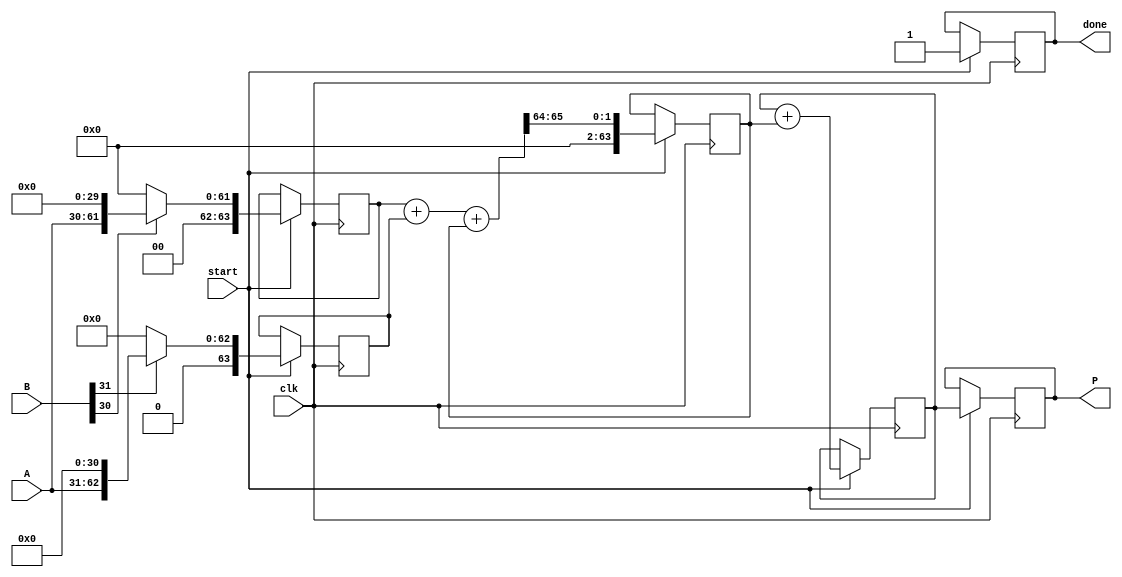
module VariableLengthWallaceTreeMultiplier #(parameter MAX_BITS = 32) (
    input [MAX_BITS-1:0] A,  // Multiplicand
    input [MAX_BITS-1:0] B,  // Multiplier
    input clk,                // Clock signal
    input start,              // Start signal
    output reg [2*MAX_BITS-1:0] P, // Product
    output reg done           // Done signal
);

    reg [2*MAX_BITS-1:0] partial_products[MAX_BITS-1:0]; // Store partial products
    reg [2*MAX_BITS-1:0] sum, carry;
    integer i, j;

    // Partial product generation
    always @(posedge clk) begin
        if (start) begin
            // Reset
            done <= 0;
            P <= 0;

            // Generate partial products
            for (i = 0; i < MAX_BITS; i = i + 1) begin
                if (B[i]) begin
                    partial_products[i] <= A << i; // Shift A by i if B[i] is 1
                end else begin
                    partial_products[i] <= 0; // Zero if B[i] is 0
                end
            end

            // Start Wallace tree reduction
            sum <= 0;
            carry <= 0;

            // Reduction stages
            for (i = 0; i < MAX_BITS; i = i + 1) begin
                if (i < MAX_BITS - 1) begin
                    {carry, sum} <= partial_products[i] + partial_products[i + 1] + carry;
                end else begin
                    sum <= sum + carry; // Final addition
                end
            end

            // Store the product
            P <= sum;
            done <= 1; // Indicate done
        end
    end

endmodule